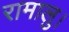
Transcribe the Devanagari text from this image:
रामालु।